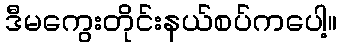
ဒီမကွေးတိုင်းနယ်စပ်ကပေါ့။